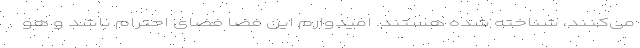
می‌کنند، شناخته شده هستند. امیدوارم این فضا فضای احترام باشد و هو